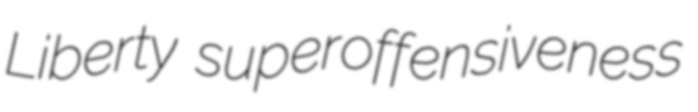
Liberty superoffensiveness